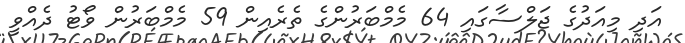
އަދި މިއަދުގެ ޖަލްސާގައި 64 މެމްބަރުންގެ ތެރެއިން 59 މެމްބަރުން ވޯޓު ދެއްވީ